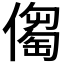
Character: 𠏈